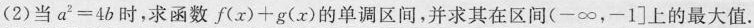
(2)当$$a ^ { 2 } = 4 b$$时，求函数$$f( x ) + g ( x )$$的单调区间，并求其在区间(-∞，-1]上的最大值.